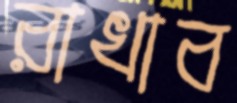
রাখাব